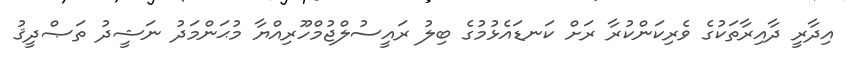
އިދާރީ ދާއިރާތަކުގެ ވެރިކަންކުރާ ރަށް ކަނޑައެޅުމުގެ ބިލު ރައީސުލްޖުމްހޫރިއްޔާ މުޙަންމަދު ނަޝީދު ތަޞްދީޤު